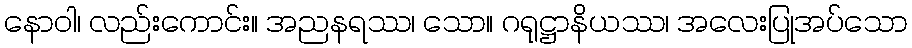
နောဝါ၊ လည်းကောင်း။ အညနရဿ၊ သော။ ဂရုဋ္ဌာနိယဿ၊ အလေးပြုအပ်သော